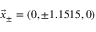
\vec { x } _ { \pm } = ( 0 , \pm 1 . 1 5 1 5 , 0 )